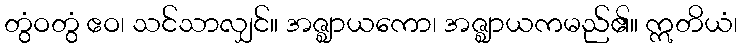
တွံဝတွံ ဧဝ၊ သင်သာလျှင်။ အဇ္ဈာယကော၊ အဇ္ဈာယကမည်၏။ ဣတိယံ၊